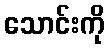
သောင်းကို